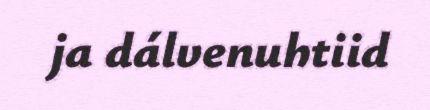
ja dálvenuhtiid